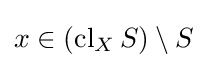
x\in \left(\operatorname {cl} _{X}S\right)\setminus S